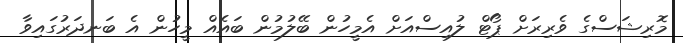
މޮރިޝަސްގެ ވެރިރަށް ޕޯޓް ލުއިސްއަށް އެމީހުން ބޭލުމުން ބައެއް މީހުން އެ ބަނދަރުގައިވާ